Vana-Kasaritsa_(Kasaritsa)_vallavalitsus, lk 10
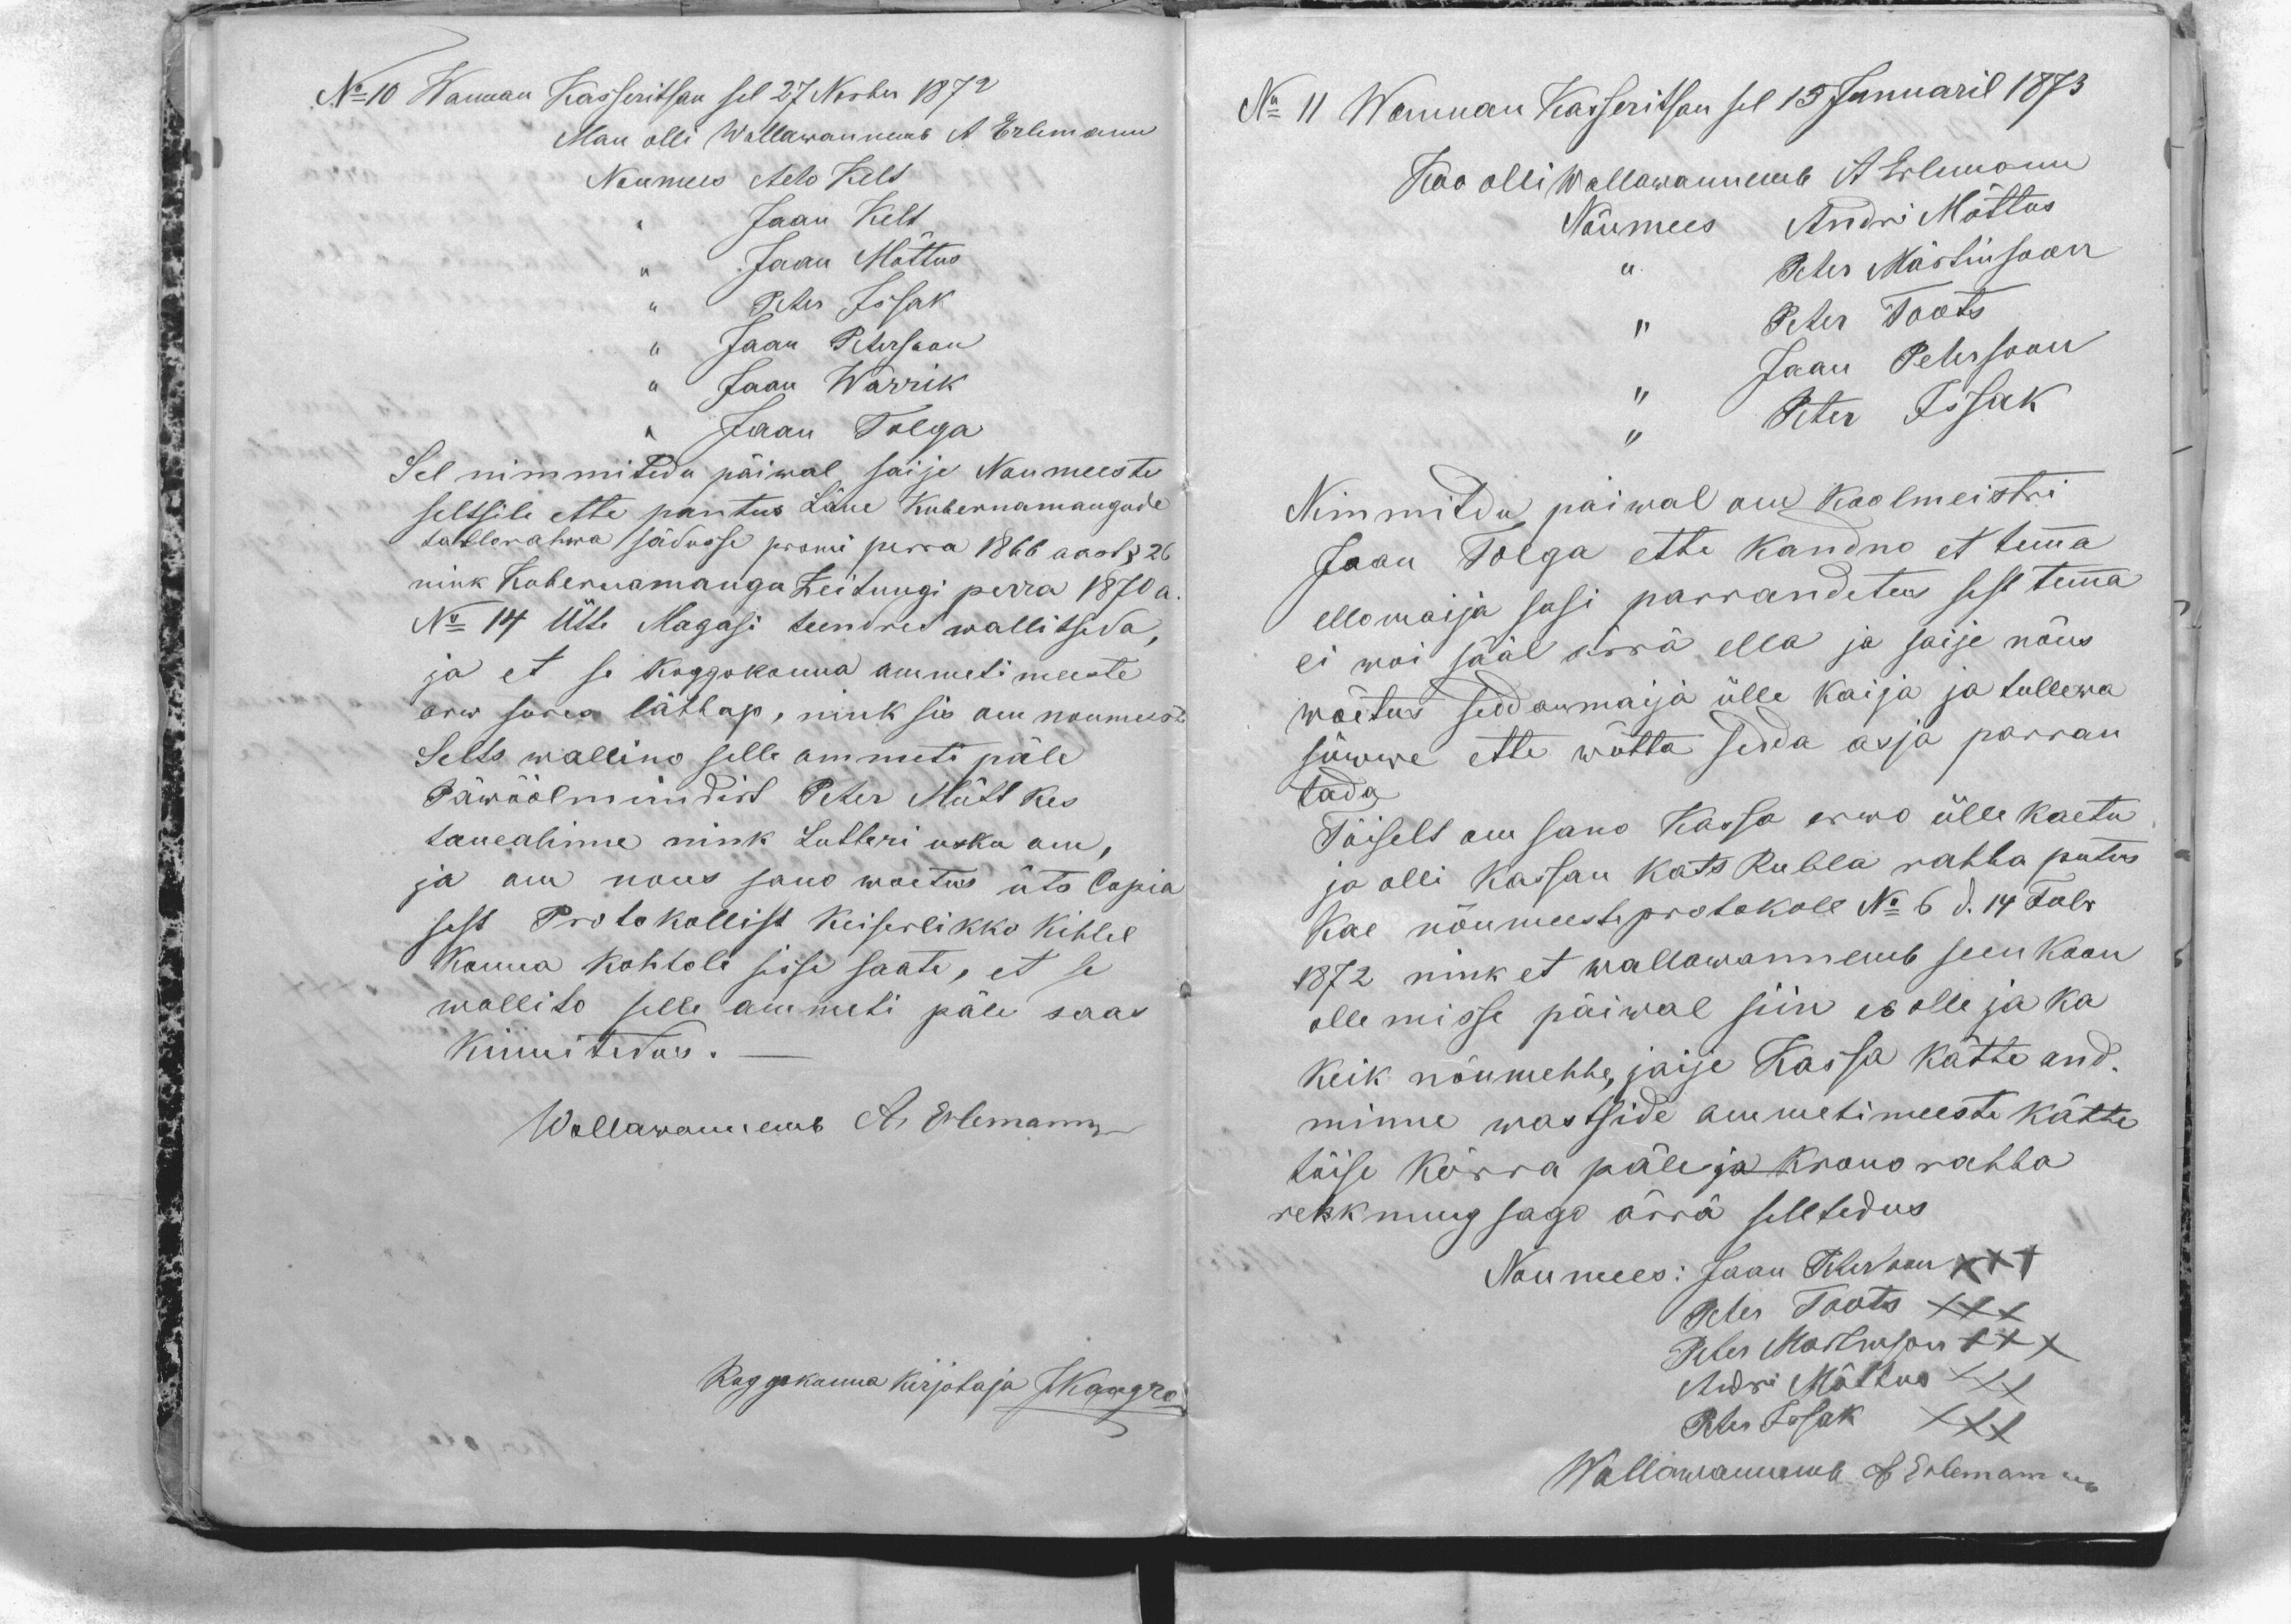
No 10 Wannan Kasseritsan sel 27 Novber 1872
Man olli Wallawannemb A. Erlemann
Noumees Ado Kelt
,, Jaan Kelt
,, Jaan Mõttus
,, Peter Issak
,, Jaan Petersoon
,, Jaan Warrik
,, Jaan Tolga
Sel nimmitedu päiwal saije Noumeeste
seltsile ette pantus Läne Kubernamangude
tallorahwa sädusse prowi perra 1866 aast § 26
nink Kubernamango Zeitungi perra 1870 a.
No 14 Ütte Magasi teendrit wallitseda,
ja et se koggokonna ammeti meeste
arw sures lähhap, nink sis om noumeeste
Selts wallino selle ammeti päle
Päwöölmündrit Peter Mütt kes
tauealinne nink Lutheri usko om,
ja om nous sano woetus üts Copia
sest Protokollist Keiserlikko Kihhel
Konna kohtole sisse saate, et se
wallito selle ammeti päle saas
kinnitedus.
Wallawannemb A. Erlemann
Koggokonna kirjotaja JKangro

No 11 Wannan Kasseritsan sel 15 Januaril 1873
Koo olli Wallawannemb A. Erlemann
Nõumees Andri Mõttus
,, Peter Märtinsoon
,, Peter Toots
,,  Jaan Petersoon
,,  Peter Issak
Nimmitdu päiwal om Koolmeistri
Jaan Tolga ette kandno et temma
ellomaija sasi parrandetus sest temma
ei woi sääl ärra ella ja saije nõus
wõetus seddan majja ülle kaija ja tullewa
süwwe ette wõtta sedda asja parran
tada.
Täiselt om sano Kassa arwo ülle kaetu
ja olli Kassan kats Rubla rahha putus
Kae nõumeeste protokoll No 6 d. 14 Febr.
1872 nink et wallawannemb seen koon
ollemisse päiwal siin es olle ja ka
Keik nõumehhe, jaije Kassa kätte and-
minne wastside ammetimeeste kätte
täise kõrra päle ja krono rahha
rehknung sago ärra selltedus
Noumees: Jaan Petersoon XXX
Peter Toots XXX
Peter Martinson XXX
Adri Mõttus XXX
Peter Issak XXX
Wallawannemb A. Erlemann